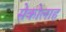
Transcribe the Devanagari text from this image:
सेकोलाह